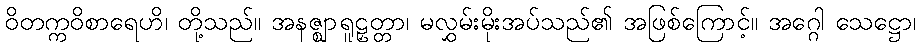
ဝိတက္ကဝိစာရေဟိ၊ တို့သည်။ အနဇ္ဈာရူဠှတ္တာ၊ မလွှမ်းမိုးအပ်သည်၏ အဖြစ်ကြောင့်။ အဂ္ဂေါ သေဋ္ဌော၊